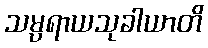
သမ္ပရာယသုခါယာတိ